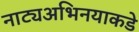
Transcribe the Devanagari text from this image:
नाट्यअभिनयाकडे